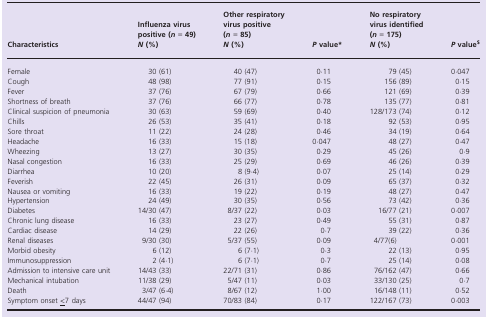
<table><thead><tr><td><b>Characteristics</b></td><td><b>Influenza virus positive (<i>n</i> = 49) <i>N</i> (%)</b></td><td><b>Other respiratory virus positive (<i>n</i> = 85) <i>N</i> (%)</b></td><td><b><i>P</i> valuea</b></td><td><b>No respiratory virus identified (<i>n</i> = 175) <i>N</i> (%)</b></td><td><b><i>P</i> valueb</b></td></tr></thead><tbody><tr><td>Female</td><td>30 (61)</td><td>40 (47)</td><td>0·11</td><td>79 (45)</td><td>0·047</td></tr><tr><td>Cough</td><td>48 (98)</td><td>77 (91)</td><td>0·15</td><td>156 (89)</td><td>0·15</td></tr><tr><td>Fever</td><td>37 (76)</td><td>67 (79)</td><td>0·66</td><td>121 (69)</td><td>0·39</td></tr><tr><td>Shortness of breath</td><td>37 (76)</td><td>66 (77)</td><td>0·78</td><td>135 (77)</td><td>0·81</td></tr><tr><td>Clinical suspicion of pneumonia</td><td>30 (63)</td><td>59 (69)</td><td>0·40</td><td>128/173 (74)</td><td>0·12</td></tr><tr><td>Chills</td><td>26 (53)</td><td>35 (41)</td><td>0·18</td><td>92 (53)</td><td>0·95</td></tr><tr><td>Sore throat</td><td>11 (22)</td><td>24 (28)</td><td>0·46</td><td>34 (19)</td><td>0·64</td></tr><tr><td>Headache</td><td>16 (33)</td><td>15 (18)</td><td>0·047</td><td>48 (27)</td><td>0·47</td></tr><tr><td>Wheezing</td><td>13 (27)</td><td>30 (35)</td><td>0·29</td><td>45 (26)</td><td>0·9</td></tr><tr><td>Nasal congestion</td><td>16 (33)</td><td>25 (29)</td><td>0·69</td><td>46 (26)</td><td>0·39</td></tr><tr><td>Diarrhea</td><td>10 (20)</td><td>8 (9·4)</td><td>0·07</td><td>25 (14)</td><td>0·29</td></tr><tr><td>Feverish</td><td>22 (45)</td><td>26 (31)</td><td>0·09</td><td>65 (37)</td><td>0·32</td></tr><tr><td>Nausea or vomiting</td><td>16 (33)</td><td>19 (22)</td><td>0·19</td><td>48 (27)</td><td>0·47</td></tr><tr><td>Hypertension</td><td>24 (49)</td><td>30 (35)</td><td>0·56</td><td>73 (42)</td><td>0·36</td></tr><tr><td>Diabetes</td><td>14/30 (47)</td><td>8/37 (22)</td><td>0·03</td><td>16/77 (21)</td><td>0·007</td></tr><tr><td>Chronic lung disease</td><td>16 (33)</td><td>23 (27)</td><td>0·49</td><td>55 (31)</td><td>0·87</td></tr><tr><td>Cardiac disease</td><td>14 (29)</td><td>22 (26)</td><td>0·7</td><td>39 (22)</td><td>0·36</td></tr><tr><td>Renal diseases</td><td>9/30 (30)</td><td>5/37 (55)</td><td>0·09</td><td>4/77(6)</td><td>0·001</td></tr><tr><td>Morbid obesity</td><td>6 (12)</td><td>6 (7·1)</td><td>0·3</td><td>22 (13)</td><td>0·95</td></tr><tr><td>Immunosuppression</td><td>2 (4·1)</td><td>6 (7·1)</td><td>0·7</td><td>25 (14)</td><td>0·08</td></tr><tr><td>Admission to intensive care unit</td><td>14/43 (33)</td><td>22/71 (31)</td><td>0·86</td><td>76/162 (47)</td><td>0·66</td></tr><tr><td>Mechanical intubation</td><td>11/38 (29)</td><td>5/47 (11)</td><td>0·03</td><td>33/130 (25)</td><td>0·7</td></tr><tr><td>Death</td><td>3/47 (6·4)</td><td>8/67 (12)</td><td>1·00</td><td>16/148 (11)</td><td>0·52</td></tr><tr><td>Symptom onset <underline>&lt;</underline>7 days</td><td>44/47 (94)</td><td>70/83 (84)</td><td>0·17</td><td>122/167 (73)</td><td>0·003</td></tr></tbody></table>